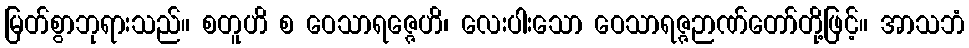
မြတ်စွာဘုရားသည်။ စတူဟိ စ ဝေသာရဇ္ဇေဟိ၊ လေးပါးသော ဝေသာရဇ္ဇဉာဏ်တော်တို့ဖြင့်။ အာသဘံ